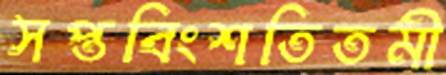
সপ্তবিংশতিতমী